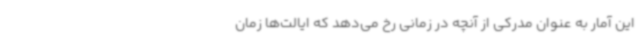
این آمار به عنوان مدرکی از آنچه در زمانی رخ می‌دهد که ایالت‌ها زمان